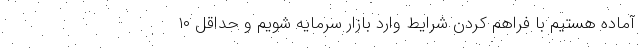
آماده هستیم با فراهم کردن شرایط وارد بازار سرمایه شویم و حداقل ۱۰